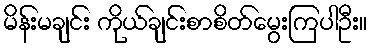
မိန်းမချင်း ကိုယ်ချင်းစာစိတ်မွေးကြပါဦး။